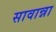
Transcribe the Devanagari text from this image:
सावान्ना